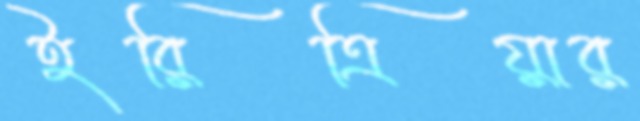
ইরিত্রিয়ার